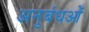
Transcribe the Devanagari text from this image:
अनुबंधओं